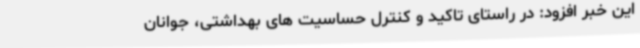
این خبر افزود: در راستای تاکید و کنترل حساسیت های بهداشتی، جوانان